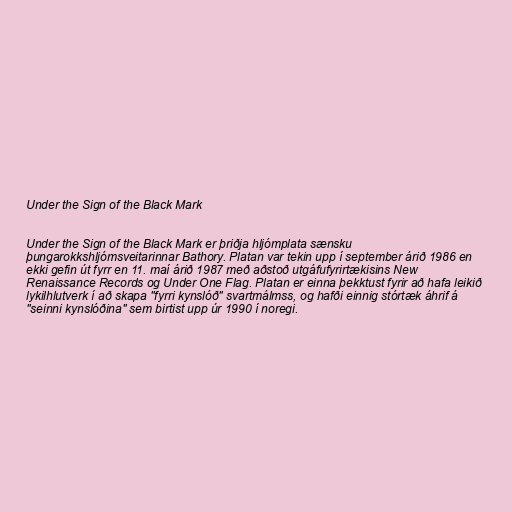
Under the Sign of the Black Mark

Under the Sign of the Black Mark er þriðja hljómplata sænsku
þungarokkshljómsveitarinnar Bathory. Platan var tekin upp í september árið 1986 en
ekki gefin út fyrr en 11. maí árið 1987 með aðstoð utgáfufyrirtækisins New
Renaissance Records og Under One Flag. Platan er einna þekktust fyrir að hafa leikið
lykilhlutverk í að skapa "fyrri kynslóð" svartmálmss, og hafði einnig stórtæk áhrif á
"seinni kynslóðina" sem birtist upp úr 1990 í noregi.